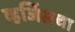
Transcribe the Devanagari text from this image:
व्हर्जिलचा